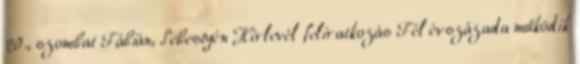
20., szombat Fábián, Sebestyén Hírlevél feliratkozás Fél évszázada működik